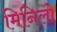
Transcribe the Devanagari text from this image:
मिनिलो